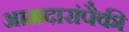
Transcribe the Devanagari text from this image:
आमदारांपैकी